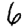
Digit: 6